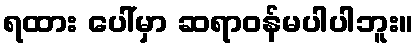
ရထား ပေါ်မှာ ဆရာဝန်မပါပါဘူး။